Trukikaitis_Postimees, lk 57
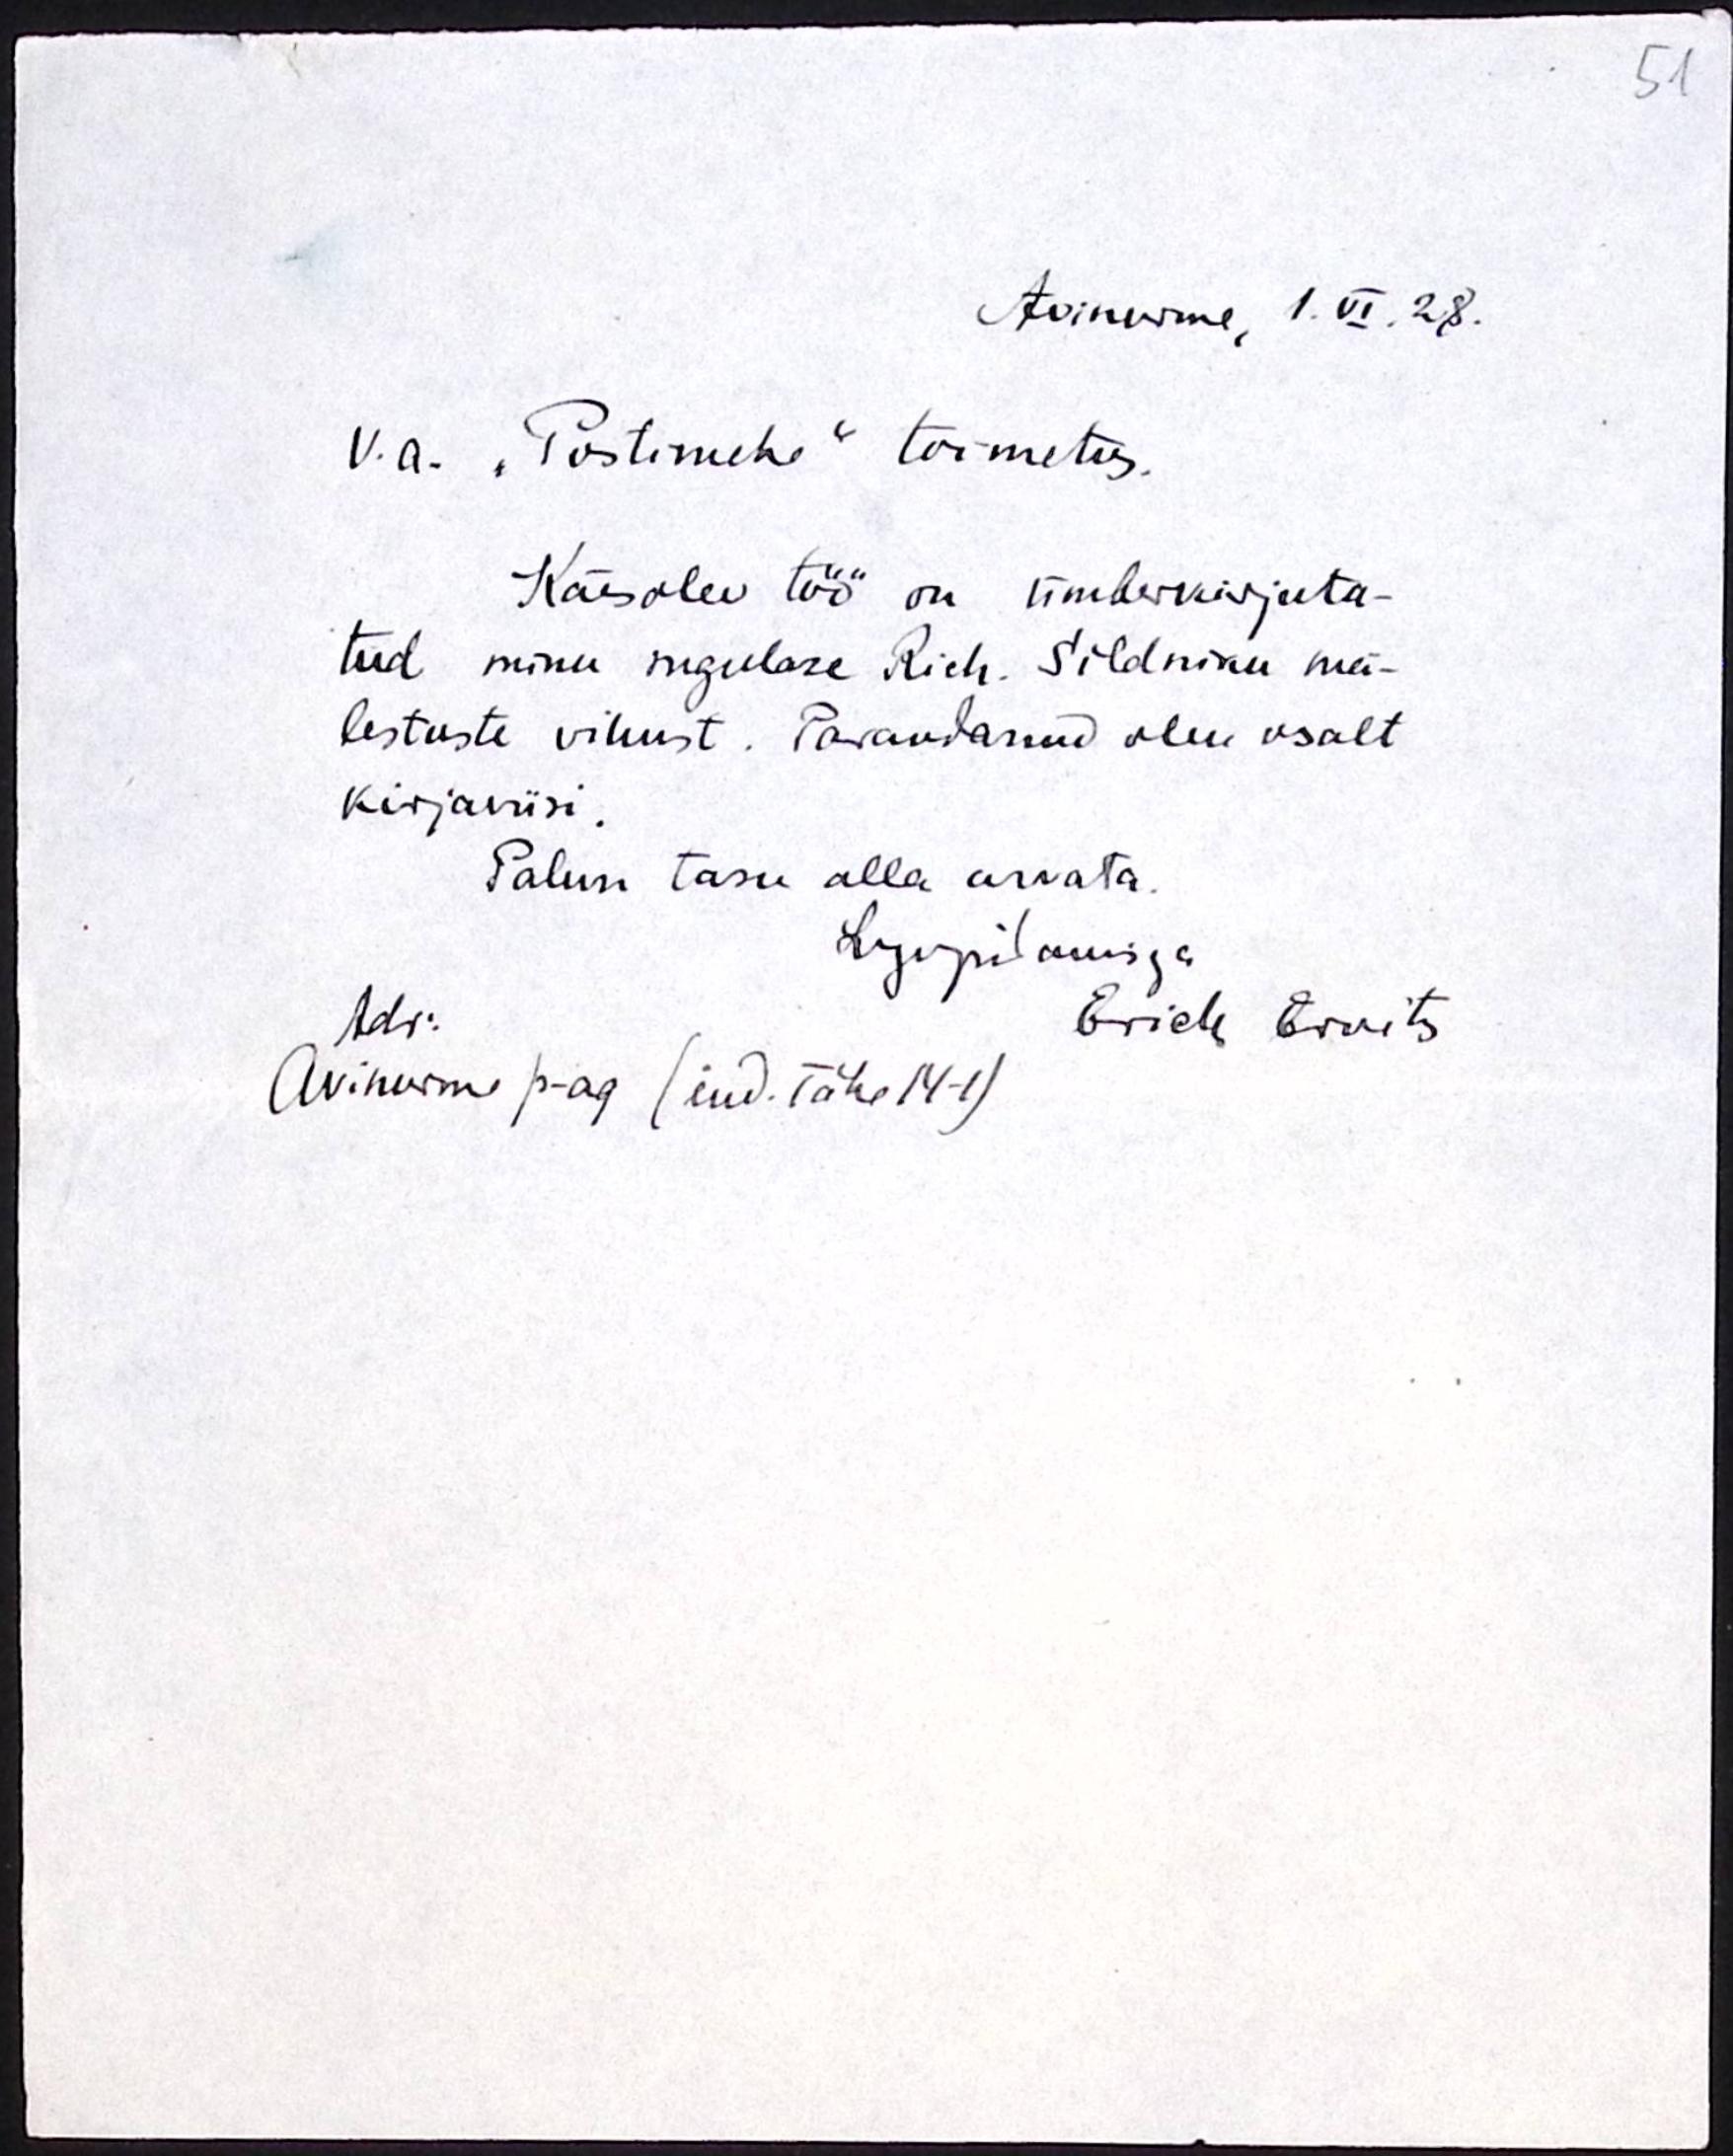
51

Avinume, 1.VI.28.
V. a. "Postimehe" toimetus.
Käesolev töö on ümberkirjuta-
tud minu sugulase Rich. Sildniku mä-
lestuste vihust. Parandanud olen osalt
kirjaviisi
Palun tasu alla arvata.
Lugupidamisega
Adr.
Erich Ernits
Avinormi p-ag (end. Tähe 14-1)